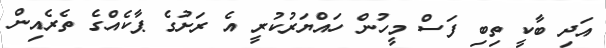
އަދި ބާކީ ތިބި ފަސް މީހުން ހައްޔަރުކުރީ އެ ރަށުގެ ޕާކެއްގެ ތެރެއިން